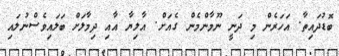
ބޮޑުދައިތާ. އަހަރެން މި ދަނީ ނޫމާންމެން ގެއަށް. އާލިޔާ އާއި ދިމާލަށް ބަލައިވެސްނުލައި